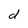
Character: d